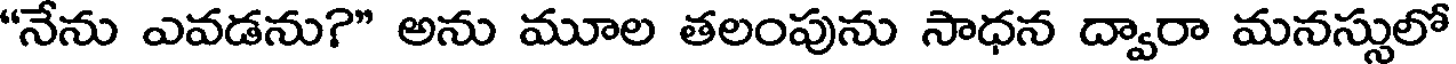
"నేను ఎవడను?" అను మూల తలంపును సాధన ద్వారా మనస్సులో